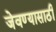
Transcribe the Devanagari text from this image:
जेवण्यासाठी